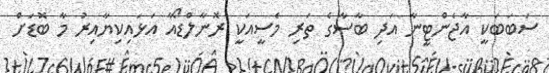
ސަބަބަކީ އާޖެންޓީނާ އަދި ބާސާގެ ތަރި މެސީއަކީ ރޮނާލްޑޯއާ އަޅައިކިޔާއިރު މާ ބޮޑަށް